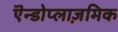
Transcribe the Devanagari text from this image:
एॆन्डोप्लाज़मिक